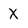
Character: X